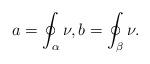
LaTeX: \begin{align*}a=\oint_\alpha \nu, b=\oint_\beta \nu.\end{align*}